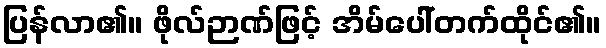
ပြန်လာ၏။ ဖိုလ်ဉာဏ်ဖြင့် အိမ်ပေါ်တက်ထိုင်၏။